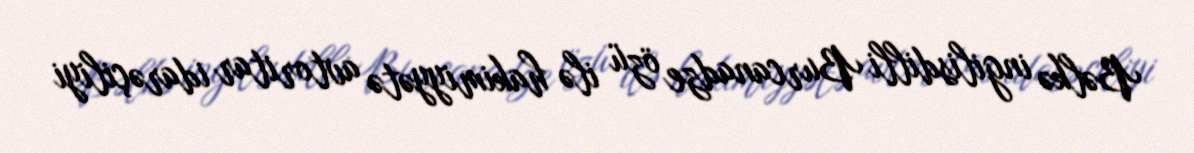
Bəlkə ingilisdilli Burcanadze özü ilə hakimiyyətə avtoritar idarəçiliyi